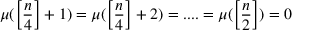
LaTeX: \mu ( \left[ \frac { n } { 4 } \right] + 1 ) = \mu ( \left[ \frac { n } { 4 } \right] + 2 ) = . . . . = \mu ( \left[ \frac { n } { 2 } \right] ) = 0